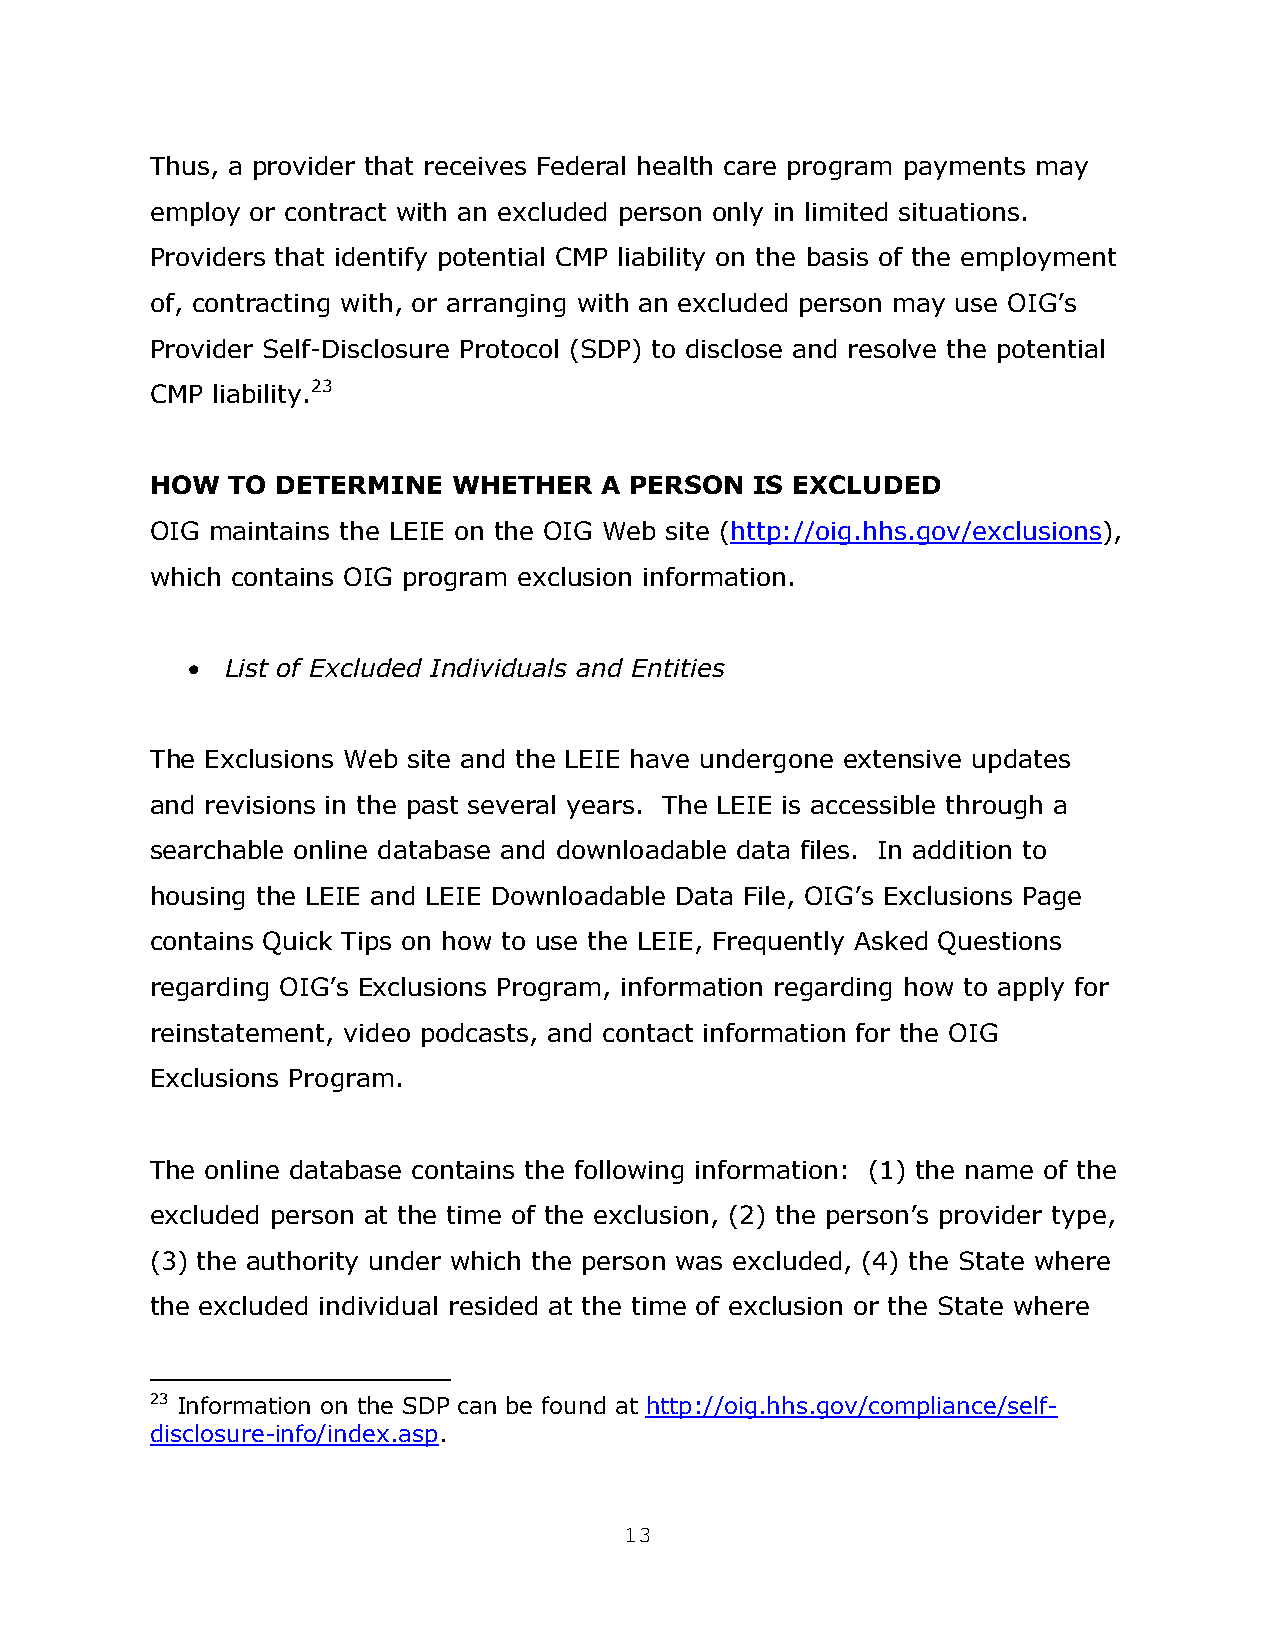
Thus, a provider that receives Federal health care program payments may
 employ or contract with an excluded person only in limited situations.
 Providers that identify potential CMP liability on the basis of the employment
 of, contracting with, or arranging with an excluded person may use OIG’s
 Provider Self-Disclosure Protocol (SDP) to disclose and resolve the potential
 CMP liability.23
 HOW  TO DETERMINE   WHETHER   A PERSON  IS EXCLUDED
 OIG maintains the LEIE on the OIG Web site (http://oig.hhs.gov/exclusions),
 which contains OIG program exclusion information.
   List of Excluded Individuals and Entities
 The Exclusions Web site and the LEIE have undergone extensive updates
 and revisions in the past several years. The LEIE is accessible through a
 searchable online database and downloadable data files. In addition to
 housing the LEIE and LEIE Downloadable Data File, OIG’s Exclusions Page
 contains Quick Tips on how to use the LEIE, Frequently Asked Questions
 regarding OIG’s Exclusions Program, information regarding how to apply for
 reinstatement, video podcasts, and contact information for the OIG
 Exclusions Program.
 The online database contains the following information: (1) the name of the
 excluded person at the time of the exclusion, (2) the person’s provider type,
 (3) the authority under which the person was excluded, (4) the State where
 the excluded individual resided at the time of exclusion or the State where
 23 Information on the SDP can be found at http://oig.hhs.gov/compliance/self-
 disclosure-info/index.asp.
 13